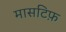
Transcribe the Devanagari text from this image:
मासटिफ़